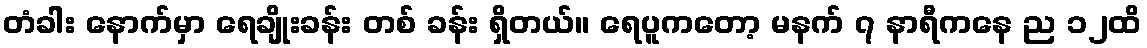
တံခါး နောက်မှာ ရေချိုးခန်း တစ် ခန်း ရှိတယ်။ ရေပူကတော့ မနက် ၇ နာရီကနေ ည ၁၂ထိ